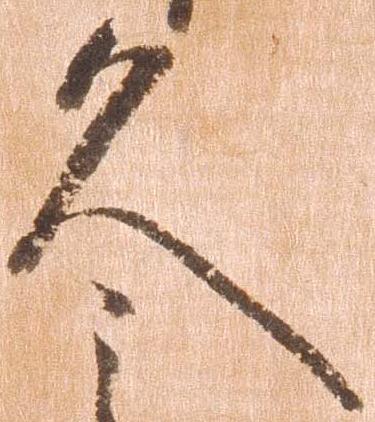
久